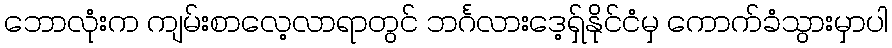
ဘောလုံးက ကျမ်းစာလေ့လာရာတွင် ဘင်္ဂလားဒေ့ရှ်နိုင်ငံမှ ကောက်ခံသွားမှာပါ